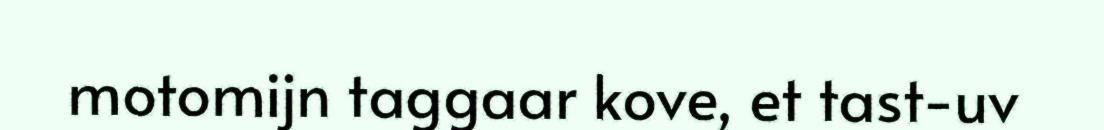
motomijn taggaar kove, et tast-uv